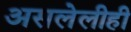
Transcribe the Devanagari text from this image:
असलेलीही